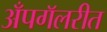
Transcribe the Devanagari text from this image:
अँपगॅलरीत